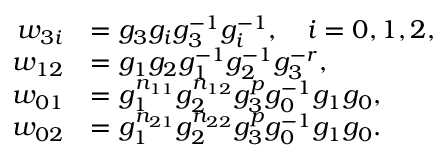
\begin{array} { r l } { w _ { 3 i } } & { = g _ { 3 } g _ { i } g _ { 3 } ^ { - 1 } g _ { i } ^ { - 1 } , \quad i = 0 , 1 , 2 , } \\ { w _ { 1 2 } } & { = g _ { 1 } g _ { 2 } g _ { 1 } ^ { - 1 } g _ { 2 } ^ { - 1 } g _ { 3 } ^ { - r } , } \\ { w _ { 0 1 } } & { = g _ { 1 } ^ { n _ { 1 1 } } g _ { 2 } ^ { n _ { 1 2 } } g _ { 3 } ^ { p } g _ { 0 } ^ { - 1 } g _ { 1 } g _ { 0 } , } \\ { w _ { 0 2 } } & { = g _ { 1 } ^ { n _ { 2 1 } } g _ { 2 } ^ { n _ { 2 2 } } g _ { 3 } ^ { p } g _ { 0 } ^ { - 1 } g _ { 1 } g _ { 0 } . } \end{array}